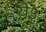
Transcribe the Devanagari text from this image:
ये३